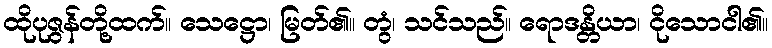
ထိုပုဇွန်တို့ထက်။ သေဋ္ဌော၊ မြတ်၏။ တွံ၊ သင်သည်။ ရောဒန္တိယာ၊ ငိုသောငါ၏။